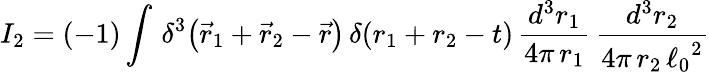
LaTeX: I_{2}=(-1)\int\, \delta^{3}\! \left({\vec{r}_{1}+\vec{r}_{2}-\vec{r}}\right)\, \delta(r_{1}+r_{2}-t)\, \frac{d^{3}r_{1}}{4\pi\, r_{1}}\, \frac{d^{3}r_{2}}{4\pi\, r_{2}\, {\ell_{0}}^{2}}